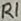
Text: R1